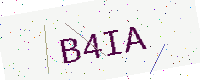
Text: B4IA